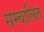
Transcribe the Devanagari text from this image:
सम्चालित